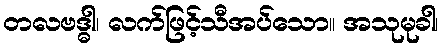
တလဗဒ္ဓါ၊ လက်ဖြင့်သီအပ်သော။ အသုမုခါ၊